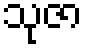
သုဇာ